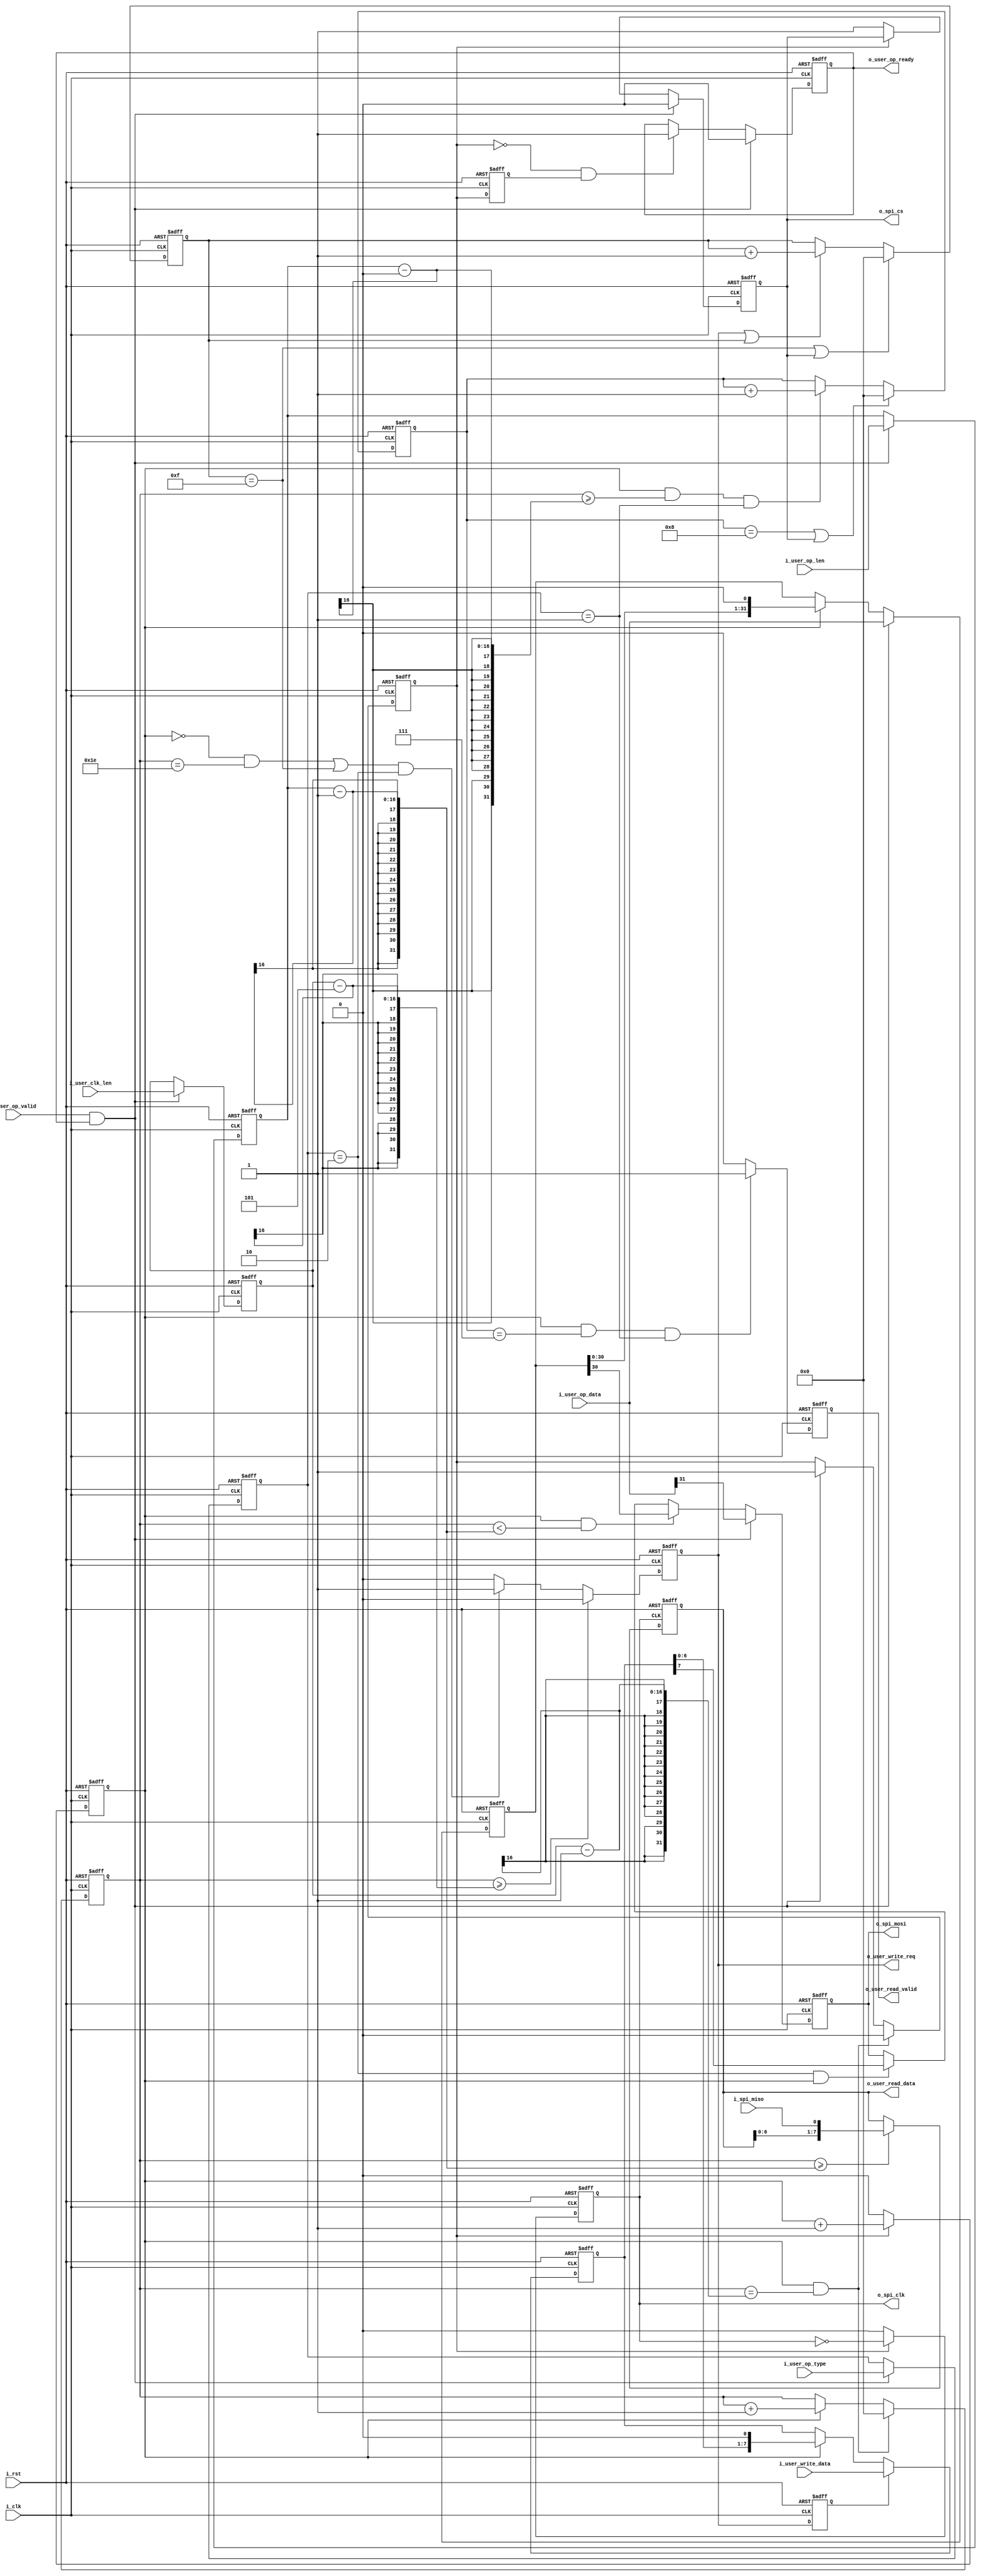
`timescale 1ns / 1ps
//////////////////////////////////////////////////////////////////////////////////
// Company: 
// Engineer: 
// 
// Design Name: 
// Module Name: spi_drive
// Project Name: 
// Target Devices: 
// Tool Versions: 
// Description: 
// 
// Dependencies: 
// 
// Revision:
// Revision 0.01 - File Created
// Additional Comments:
// 
//////////////////////////////////////////////////////////////////////////////////


module spi_drive#(
    parameter                           P_DATA_WIDTH        = 8 ,
                                        P_OP_LEN            = 32,
                                        P_READ_DATA_WIDTH   = 8 , 
                                        P_CPOL              = 0 ,
                                        P_CPHL              = 0 
)(                  
    input                               i_clk               ,//
    input                               i_rst               ,//

    output                              o_spi_clk           ,//spiclk
    output                              o_spi_cs            ,//spi?
    output                              o_spi_mosi          ,//spi?
    input                               i_spi_miso          ,//spi?

    input   [P_OP_LEN - 1 :0]           i_user_op_data      ,//?8bit+24bit?
    input   [1 :0]                      i_user_op_type      ,//
    input   [15:0]                      i_user_op_len       ,//?32?8
    input   [15:0]                      i_user_clk_len      ,//
    input                               i_user_op_valid     ,//?
    output                              o_user_op_ready     ,//?

    input   [P_DATA_WIDTH - 1 :0]       i_user_write_data   ,//?
    output                              o_user_write_req    ,//?

    output  [P_READ_DATA_WIDTH - 1:0]   o_user_read_data    ,//?
    output                              o_user_read_valid    //?
);

/***************function**************/

/***************parameter*************/
localparam                              P_OP_TYPE_INS   =   0,
                                        P_OP_READ       =   1,
                                        P_OP_WRITE      =   2;
/***************port******************/             

/***************mechine***************/

/***************reg*******************/
reg                                 ro_spi_clk          ;
reg                                 ro_spi_cs           ;
reg                                 ro_spi_mosi         ;
reg                                 ro_user_ready       ;
reg  [P_OP_LEN - 1:0]               r_user_op_data      ;
reg  [1 :0]                         r_user_op_type      ;
reg  [15:0]                         r_user_op_len       ;
reg  [15:0]                         r_user_clk_len      ;
reg  [P_DATA_WIDTH - 1:0]           r_user_data         ;
reg                                 r_run               ;
reg  [15:0]                         r_cnt               ;
reg                                 r_spi_cnt           ;
reg  [P_READ_DATA_WIDTH - 1:0]      ro_user_read_data   ;
reg                                 ro_user_read_valid  ;
reg                                 r_run_1d            ;
reg                                 ro_user_write_req   ;
reg                                 ro_user_write_req_1d;
reg  [15:0]                         r_write_cnt         ;
reg  [P_DATA_WIDTH - 1 :0]          r_user_write_data   ;
reg  [15:0]                          r_read_cnt          ;

/***************wire******************/
wire                                w_user_active       ;
wire                                w_run_negedge       ;

/***************component*************/

/***************assign****************/
assign o_spi_clk            = ro_spi_clk            ;
assign o_spi_cs             = ro_spi_cs             ;
assign o_spi_mosi           = ro_spi_mosi           ;
assign o_user_op_ready      = ro_user_ready         ;
assign o_user_read_data     = ro_user_read_data     ;
assign o_user_read_valid    = ro_user_read_valid    ;
assign w_run_negedge        = !r_run & r_run_1d     ;
assign o_user_write_req     = ro_user_write_req     ;

/***************always****************/
assign w_user_active = i_user_op_valid & o_user_op_ready;

//
always@(posedge i_clk,posedge i_rst)
begin
    if(i_rst)
        ro_user_ready <='d1;
    else if(w_user_active)
        ro_user_ready <= 'd0;
    else if(w_run_negedge)
        ro_user_ready <= 'd1;
    else 
        ro_user_ready <= ro_user_ready;
end

//??
always@(posedge i_clk,posedge i_rst)
begin
    if(i_rst) begin
        r_user_op_type <= 'd0;
        r_user_op_len  <= 'd0;
        r_user_clk_len <= 'd0;
    end else if(w_user_active) begin
        r_user_op_type <= i_user_op_type;
        r_user_op_len  <= i_user_op_len ;
        r_user_clk_len <= i_user_clk_len;
    end else begin 
        r_user_op_type <= r_user_op_type;
        r_user_op_len  <= r_user_op_len ;
        r_user_clk_len <= r_user_clk_len;
    end   
end

always@(posedge i_clk,posedge i_rst)
begin
    if(i_rst)
        r_user_op_data <= 'd0;
    else if(w_user_active)
        r_user_op_data <= i_user_op_data;//8bit + 24bit
    else if(r_spi_cnt)//spi
        r_user_op_data <= r_user_op_data << 1;
    else 
        r_user_op_data <= r_user_op_data;
end

//
always@(posedge i_clk,posedge i_rst)
begin
    if(i_rst)
        r_run <= 'd0;
    else if(r_spi_cnt && r_cnt == r_user_clk_len - 1)
        r_run <= 'd0;
    else if(w_user_active)
        r_run <= 'd1;
    else 
        r_run <= r_run;
end

always@(posedge i_clk,posedge i_rst)
begin
    if(i_rst)
        r_run_1d <= 'd0;
    else
        r_run_1d <= r_run;
end

//spi?
always@(posedge i_clk,posedge i_rst)
begin
    if(i_rst)
        r_cnt <= 'd0;
    else if(r_spi_cnt && r_cnt == r_user_clk_len - 1)
        r_cnt <= 'd0;
    else if(r_spi_cnt)
        r_cnt <= r_cnt + 1;
    else 
        r_cnt <= r_cnt;
end

//spi?
always@(posedge i_clk,posedge i_rst)
begin
    if(i_rst)
        r_spi_cnt <= 'd0;
    else if(r_run)
        r_spi_cnt <= r_spi_cnt + 1;
    else 
        r_spi_cnt <= 'd0;
end

//spi
always@(posedge i_clk,posedge i_rst)
begin
    if(i_rst)
        ro_spi_clk <= P_CPOL;
    else if(r_run)
        ro_spi_clk <= ~ro_spi_clk;
    else 
        ro_spi_clk <= P_CPOL; 
end

//spi??
always@(posedge i_clk,posedge i_rst)
begin
    if(i_rst)
        ro_spi_cs <= 'd1;
    else if(w_user_active)
        ro_spi_cs <= 'd0;
    else if(!r_run)
        ro_spi_cs <= 'd1;
    else 
        ro_spi_cs <= ro_spi_cs;
end

//spi
always@(posedge i_clk,posedge i_rst)
begin
    if(i_rst)
        ro_spi_mosi <= 'd0;
    else if(w_user_active)//? +
        ro_spi_mosi <= i_user_op_data[P_OP_LEN - 1];//operation
    else if(r_spi_cnt && r_cnt < r_user_op_len - 1)//?
        ro_spi_mosi <= r_user_op_data[P_OP_LEN - 2];
    else if(r_user_op_type == P_OP_WRITE && r_spi_cnt)//?
        ro_spi_mosi <= r_user_write_data[7];
    else 
        ro_spi_mosi <= ro_spi_mosi;
end     


always@(posedge i_clk,posedge i_rst)
begin
    if(i_rst)
        ro_user_write_req <= 'd0;
    else if(r_cnt >= r_user_clk_len - 5)
        ro_user_write_req <= 'd0;
    else if(((!r_spi_cnt && r_cnt == 30) || r_write_cnt == 15) &&  r_user_op_type == P_OP_WRITE )
        ro_user_write_req <= 'd1;
    else 
        ro_user_write_req <= 'd0;
end

always@(posedge i_clk,posedge i_rst)
begin
    if(i_rst)
        ro_user_write_req_1d <= 'd0;
    else 
        ro_user_write_req_1d <= ro_user_write_req;
end

always@(posedge i_clk,posedge i_rst)
begin
    if(i_rst)
        r_user_write_data <= 'd0;
    else if(ro_user_write_req_1d)
        r_user_write_data <= i_user_write_data;
    else if(r_spi_cnt)
        r_user_write_data <= r_user_write_data << 1;
    else 
        r_user_write_data <= r_user_write_data;
end

always@(posedge i_clk,posedge i_rst)
begin
    if(i_rst)
        r_write_cnt <= 'd0;
    else if(r_write_cnt == 15 || ro_spi_cs)
        r_write_cnt <= 'd0;
    else if(ro_user_write_req || r_write_cnt)
        r_write_cnt <= r_write_cnt + 1;
    else 
        r_write_cnt <= r_write_cnt;
end

//?
always@(posedge ro_spi_clk,posedge i_rst)
begin
    if(i_rst)
        ro_user_read_data <= 'd0;
    else if(r_cnt >= r_user_op_len - 1)
        ro_user_read_data <= {ro_user_read_data[P_DATA_WIDTH - 2 : 0],i_spi_miso};
    else 
        ro_user_read_data <= ro_user_read_data;
end

always@(posedge i_clk,posedge i_rst)
begin
    if(i_rst)
        r_read_cnt <= 'd0;
    else if(r_read_cnt == 8 || ro_spi_cs)
        r_read_cnt <= 'd0;
    else if(r_spi_cnt && r_cnt >= r_user_op_len - 0 && r_user_op_type == P_OP_READ)
        r_read_cnt <= r_read_cnt + 1;
    else 
        r_read_cnt <= r_read_cnt;
end

//?
always@(posedge i_clk,posedge i_rst) 
begin
    if(i_rst)
        ro_user_read_valid <= 'd0;
    else if(r_spi_cnt && r_read_cnt == 7 && r_user_op_type == P_OP_READ)
        ro_user_read_valid <= 'd1;
    else 
        ro_user_read_valid <= 'd0;
end

endmodule